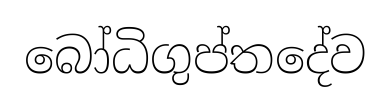
බෝධිගුප්තදේව